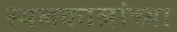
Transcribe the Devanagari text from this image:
स्थलकालांच्या